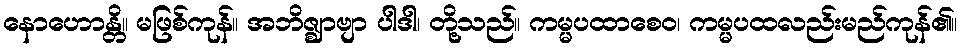
နောဟောန္တိ။ မဖြစ်ကုန်။ အဘိဇ္ဈာဗျာ ပါဒါ၊ တို့သည်။ ကမ္မပထာစေဝ၊ ကမ္မပထလည်းမည်ကုန်၏။